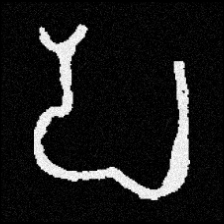
Pyu character \u2014 Myanmar letter: ပ (romanized: pa)